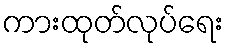
ကားထုတ်လုပ်ရေး